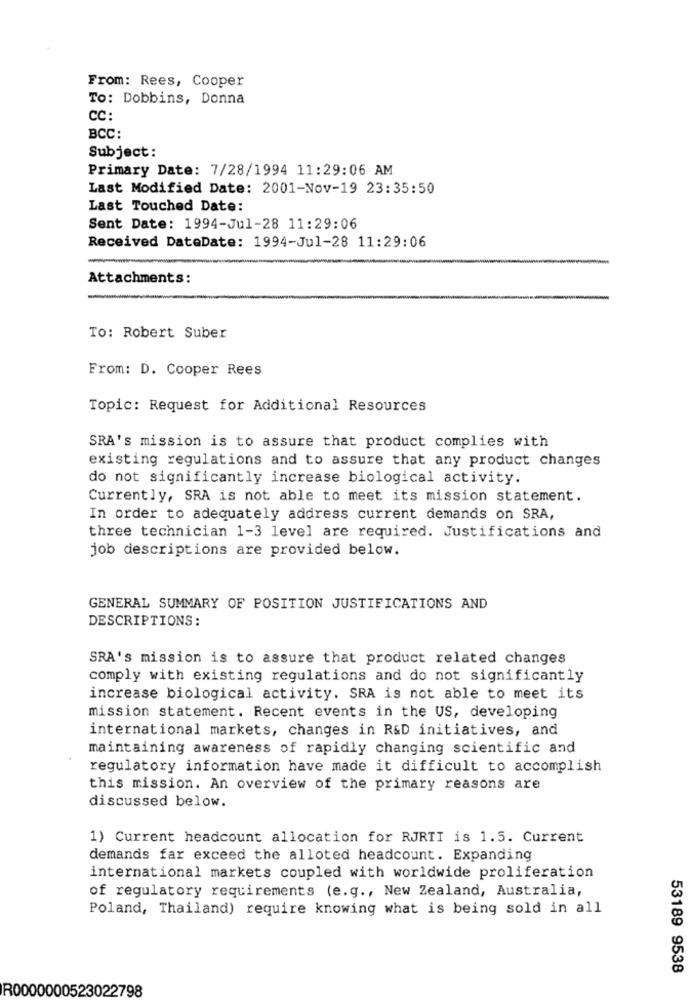
From: Rees, Cooper
To: Dobbins, Donna
CC:
BCC:
Subject:
Primary Date: 7/28/1994 11:29:06 AM
Last Modified Date: 2001-Nov-19 23:35:50
Last Touched Date:
Sent Date: 1994-Jul-28 11:29:06
Received DateDate: 1994-Jul-28 11:29:06
Attachments:
To: Robert Suber
From: D. Cooper Rees
Topic: Request for Additional Resources
SRA's mission is to assure that product complies with
existing regulations and to assure that any product changes
do not significantly increase biological activity.
Currently, SRA is not able to meet its mission statement.
In order to adequately address current demands on SRA,
three technician 1-3 level are required. Justifications and
job descriptions are provided below.
GENERAL SUMMARY OF POSITION JUSTIFICATIONS AND
DESCRIPTIONS:
SRA's mission is to assure that product related changes
comply with existing regulations and do not significantly
increase biological activity. SRA is not able to meet its
mission statement. Recent events in the US, developing
international markets, changes in R&D initiatives, and
maintaining awareness of rapidly changing scientific and
regulatory information have made it difficult to accomplish
this mission. An overview of the primary reasons are
discussed below.
1) Current headcount allocation for RJRTI is 1.5. Current
demands far exceed the alloted headcount. Expanding
international markets coupled with worldwide proliferation
of regulatory requirements (e.g ., New Zealand, Australia,
Poland, Thailand) require knowing what is being sold in all
53189 9538
R0000000523022798